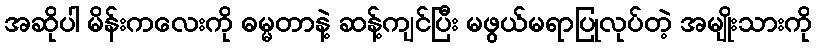
အဆိုပါ မိန်းကလေးကို ဓမ္မတာနဲ့ ဆန့်ကျင်ပြီး မဖွယ်မရာပြုလုပ်တဲ့ အမျိုးသားကို